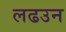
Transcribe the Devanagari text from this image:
लढउन